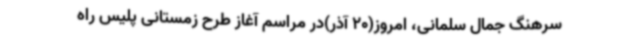
سرهنگ جمال سلمانی، امروز(20 آذر)در مراسم آغاز طرح زمستانی پلیس راه